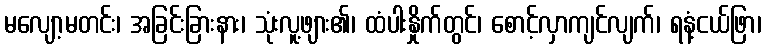
မလျော့မတင်း၊ အခြင်းခြားနား၊ သုံးလူ့ဖျား၏၊ ထံပါးနှိုက်တွင်၊ စောင့်လှာကျင်လျက်၊ ရနံ့ငယ်ဖြာ၊